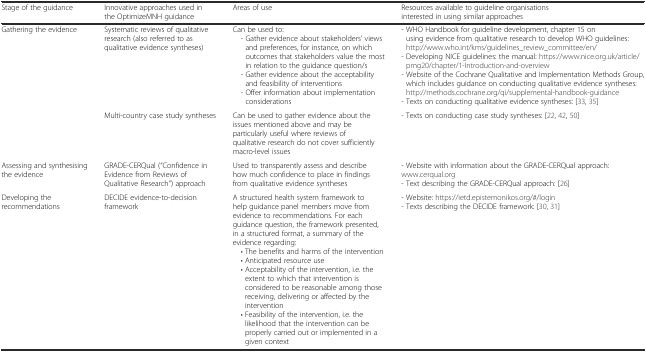
<table><thead><tr><td><b>Stage of the guidance</b></td><td><b>Innovative approaches used in the OptimizeMNH guidance</b></td><td><b>Areas of use</b></td><td><b>Resources available to guideline organisations interested in using similar approaches</b></td></tr></thead><tbody><tr><td rowspan="2">Gathering the evidence</td><td>Systematic reviews of qualitative research (also referred to as qualitative evidence syntheses)</td><td>Can be used to: - Gather evidence about stakeholders’ views and preferences, for instance, on which outcomes that stakeholders value the most in relation to the guidance question/s - Gather evidence about the acceptability and feasibility of interventions - Offer information about implementation considerations</td><td>- WHO Handbook for guideline development, chapter 15 on using evidence from qualitative research to develop WHO guidelines: http://www.who.int/kms/guidelines_review_committee/en/- Developing NICE guidelines: the manual: https://www.nice.org.uk/article/pmg20/chapter/1-Introduction-and-overview- Website of the Cochrane Qualitative and Implementation Methods Group, which includes guidance on conducting qualitative evidence syntheses: http://methods.cochrane.org/qi/supplemental-handbook-guidance- Texts on conducting qualitative evidence syntheses: [33, 35]</td></tr><tr><td>Multi-country case study syntheses</td><td>Can be used to gather evidence about the issues mentioned above and may be particularly useful where reviews of qualitative research do not cover sufficiently macro-level issues</td><td>- Texts on conducting case study syntheses: [22, 42, 50]</td></tr><tr><td>Assessing and synthesising the evidence</td><td>GRADE-CERQual (“Confidence in Evidence from Reviews of Qualitative Research”) approach</td><td>Used to transparently assess and describe how much confidence to place in findings from qualitative evidence syntheses</td><td>- Website with information about the GRADE-CERQual approach: www.cerqual.org- Text describing the GRADE-CERQual approach: [26]</td></tr><tr><td>Developing the recommendations</td><td>DECIDE evidence-to-decision framework</td><td>A structured health system framework to help guidance panel members move from evidence to recommendations. For each guidance question, the framework presented, in a structured format, a summary of the evidence regarding: • The benefits and harms of the intervention • Anticipated resource use • Acceptability of the intervention, i.e. the extent to which that intervention is considered to be reasonable among those receiving, delivering or affected by the intervention • Feasibility of the intervention, i.e. the likelihood that the intervention can be properly carried out or implemented in a given context</td><td>- Website: https://ietd.epistemonikos.org/#/login- Texts describing the DECIDE framework: [30, 31]</td></tr></tbody></table>